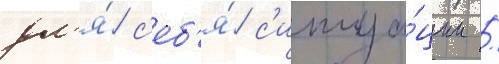
дл'я́ с'еб'я́ с'итуа́ции /